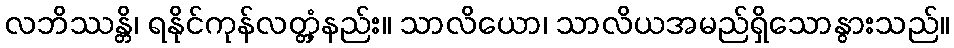
လဘိဿန္တိ၊ ရနိုင်ကုန်လတ္တံ့နည်း။ သာလိယော၊ သာလိယအမည်ရှိသောနွားသည်။